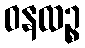
ဝနထဉ္စ